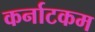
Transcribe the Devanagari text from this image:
कर्नाटकम